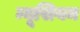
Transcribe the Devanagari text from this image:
म्यूसियम